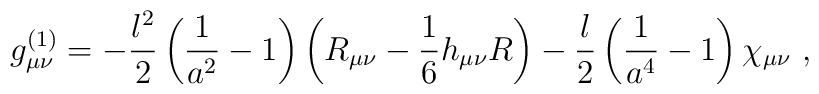
g^{(1)}_{\mu\nu} = -{l^2 \over 2} \left( {1\over a^2}-1 \right)     \left( R_{\mu\nu}  - {1\over 6} h_{\mu\nu} R \right)     -{l \over 2}\left( {1\over a^4} -1 \right) \chi_{\mu \nu} \ ,